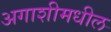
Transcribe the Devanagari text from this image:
अगाशीमधील